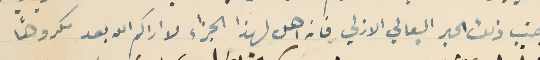
جنب ذلك الحبر البعالي الازلي فانه اهل لهذا الجزاء لا اراكم الله بعد مكروهًا